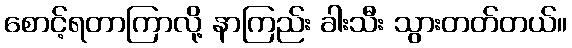
စောင့်ရတာကြာလို့ နာကြည်း ခါးသီး သွားတတ်တယ်။